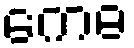
ကေဓ